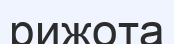
рижота